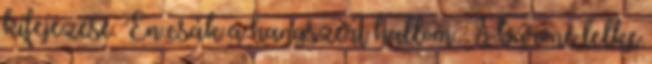
kifejezése. Én csak a hangszert hallom. A báróné lelke